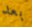
بعد